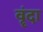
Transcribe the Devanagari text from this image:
वॄंदा